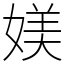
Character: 媄